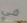
في